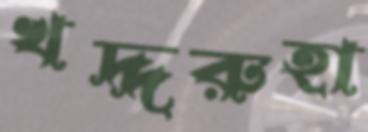
খদ্দরুহা